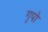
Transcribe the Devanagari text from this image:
गृपो